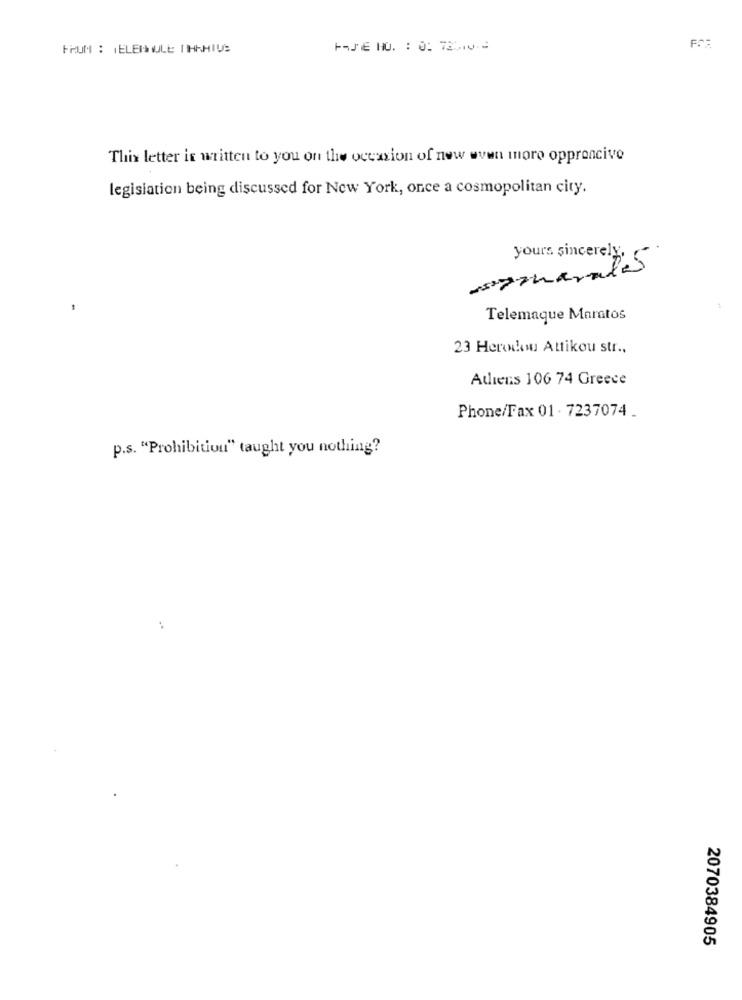
FROM : TELERNOLE THAHIUS
This letter is written to you on the occasion of new wven moro opproncive
legislation being discussed for New York, once a cosmopolitan city.
yours sincerely,
samharales
Telemaque Maratos
23 Herew Attikou str .,
Athens 106 74 Greece
Phone/Fax 01 . 7237074 .
p.s. "Prohibition" taught you nothing?
2070384905